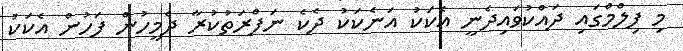
މި ފިލްމްގައި ދައްކުވައިދެނީ އެކަކު އަނެކަކު ދެކެ ނަފްރަތުކުރާ ދެމީހުން ފަހުން އެކަކު